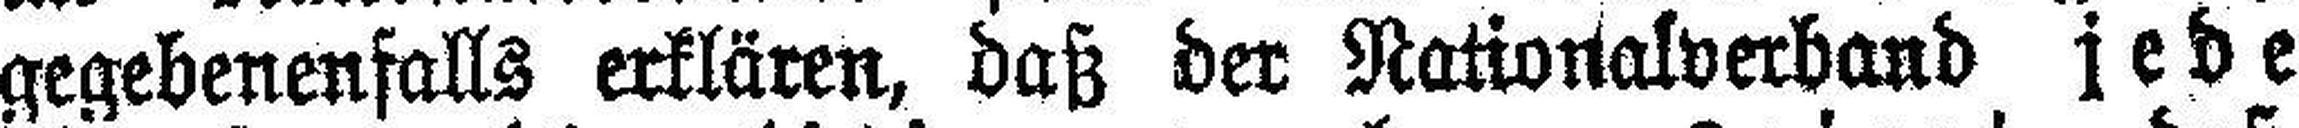
gegebenenfalls erklären, daß der Nationalverband jede